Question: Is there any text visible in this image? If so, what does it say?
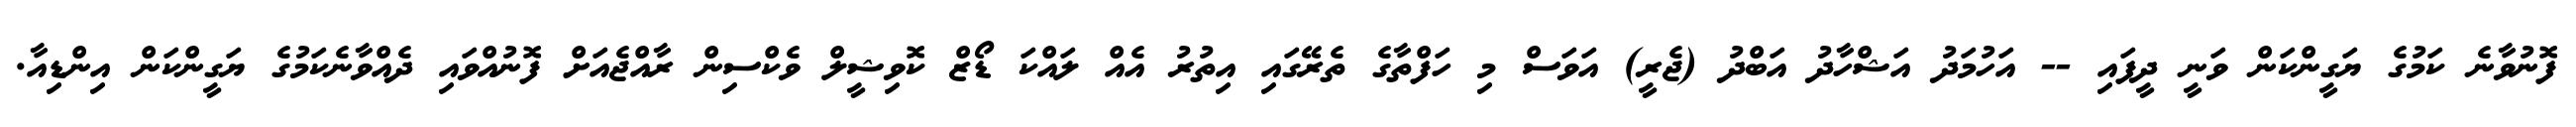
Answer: ފޮނުވާނެ ކަމުގެ ޔަގީންކަން ވަނީ ދީފައި -- އަހުމަދު އަޝްހާދު އަބްދު (ޖެރީ) އަވަސް މި ހަފްތާގެ ތެރޭގައި އިތުރު އެއް ލައްކަ ޑޯޒް ކޮވިޝީލް ވެކްސިން ރާއްޖެއަށް ފޮނުއްވައި ދެއްވާނެކަމުގެ ޔަގީންކަން އިންޑިއާ.